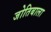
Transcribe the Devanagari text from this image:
जोतिबाला